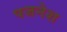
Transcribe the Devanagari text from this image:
पजनेश